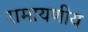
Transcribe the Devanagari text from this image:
रामायणीय